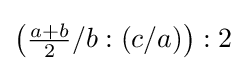
\left({\tfrac {a+b}{2}}/b:(c/a)\right):2